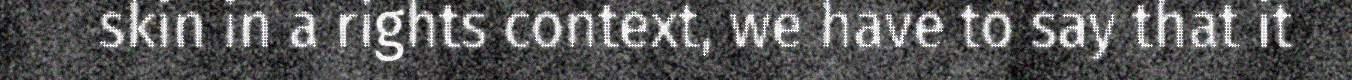
skin in a rights context, we have to say that it